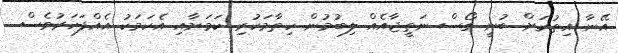
އޭނާ އިތުރަށް ބުނީ ގޯސް ނަތީޖާއެއް ލިބުމުން ހިތާމަކުރި ކަމަށާއި އެކަމަކު އެއްފަހަރުވެސް